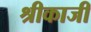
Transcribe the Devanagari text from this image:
श्रीकाजी